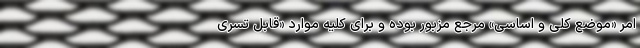
امر «موضع کلی و اساسی» مرجع مزبور بوده و برای کلیه موارد «قابل تسری